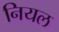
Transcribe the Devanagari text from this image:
नियल